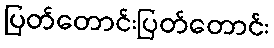
ပြတ်တောင်းပြတ်တောင်း